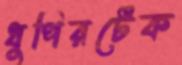
ধুপিরটেক